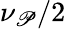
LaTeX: \nu_{\mathscr{P}}/2